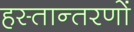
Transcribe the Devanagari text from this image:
हस्तान्तरणों